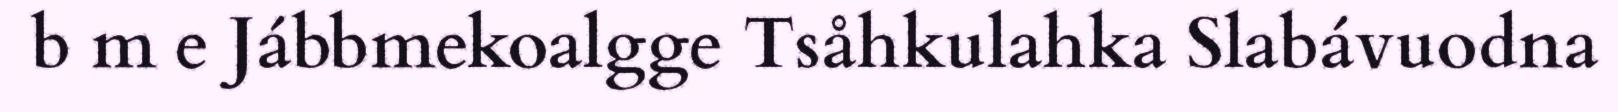
b m e Jábbmekoalgge Tsåhkulahka Slabávuodna